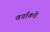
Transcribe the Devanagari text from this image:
वर्गाकडे